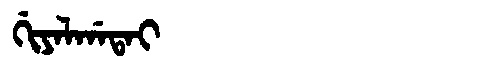
Manchu: ᡤᡳᠶᠠᠯᡤᠠᡨᠠᡳ
Romanization: GIYALGATAI